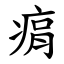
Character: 㾓